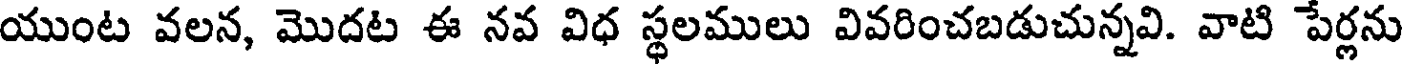
యుంట వలన, మొదట ఈ నవ విధ స్థలములు వివరించబడుచున్నవి. వాటి పేర్లను